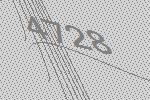
4728